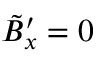
\tilde { B } _ { x } ^ { \prime } = 0